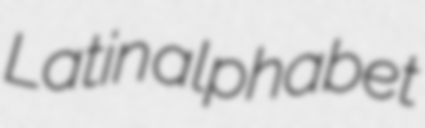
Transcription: Latin alphabet